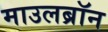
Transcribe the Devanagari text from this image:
माउलब्रॉन